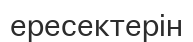
ересектерін